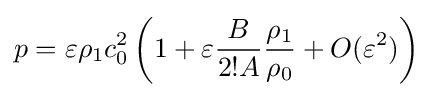
p=\varepsilon \rho _{1}c_{0}^{2}\left(1+\varepsilon {\frac {B}{2!A}}{\frac {\rho _{1}}{\rho _{0}}}+O(\varepsilon ^{2})\right)